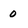
Character: 0